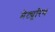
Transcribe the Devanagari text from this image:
मेट्यूरिन